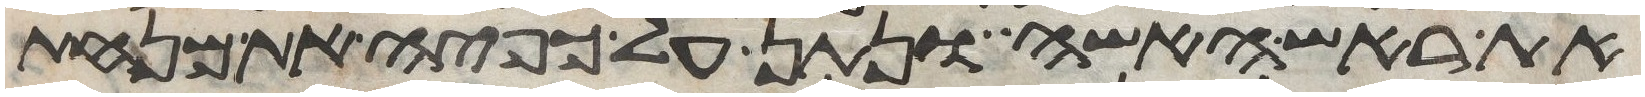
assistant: את ראש האשה ונתן על כפיה את מנחת